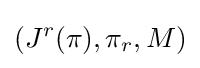
(J^{r}(\pi ),\pi _{r},M)